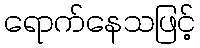
ရောက်နေသဖြင့်